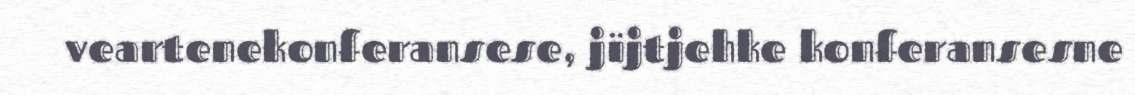
veartenekonferansese, jïjtjehke konferansesne